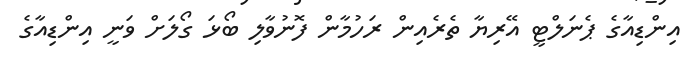
އިންޑިއާގެ ޕެނަލްޓީ އޭރިޔާ ތެރެއިން ރަހުމާން ފޮނުވާލި ބޯޅަ ގޯލަށް ވަނީ އިންޑިއާގެ